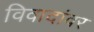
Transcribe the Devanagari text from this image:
विवादांवर